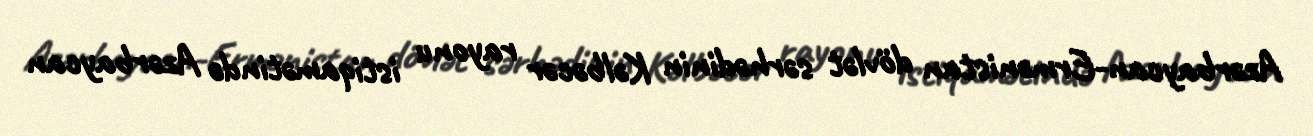
Azərbaycan-Ermənistan dövlət sərhədinin Kəlbəcər rayonu istiqamətində Azərbaycan